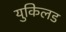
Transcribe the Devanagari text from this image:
युकिलड